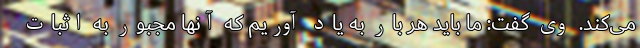
می‌کند. وی گفت: ما باید هر بار به یاد آوریم که آنها مجبور به اثبات